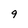
Character: 9